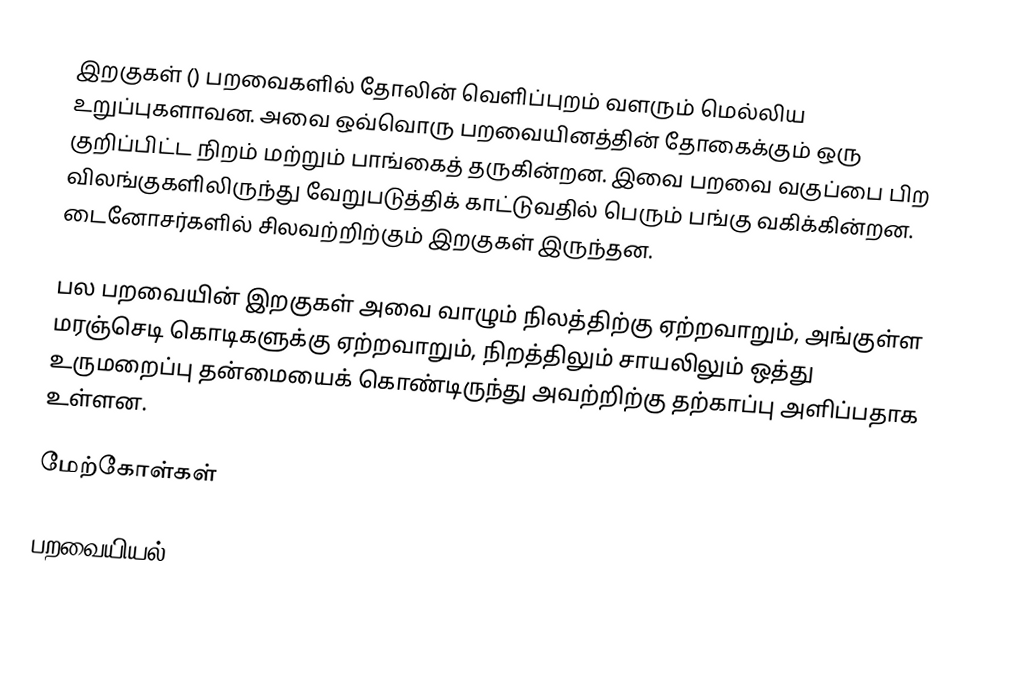
இறகுகள் () பறவைகளில் தோலின் வெளிப்புறம் வளரும் மெல்லிய உறுப்புகளாவன. அவை ஒவ்வொரு பறவையினத்தின் தோகைக்கும் ஒரு குறிப்பிட்ட நிறம் மற்றும் பாங்கைத் தருகின்றன. இவை பறவை வகுப்பை பிற விலங்குகளிலிருந்து வேறுபடுத்திக் காட்டுவதில் பெரும் பங்கு வகிக்கின்றன. டைனோசர்களில் சிலவற்றிற்கும் இறகுகள் இருந்தன.

பல பறவையின் இறகுகள் அவை வாழும் நிலத்திற்கு ஏற்றவாறும், அங்குள்ள மரஞ்செடி கொடிகளுக்கு ஏற்றவாறும், நிறத்திலும் சாயலிலும் ஒத்து உருமறைப்பு தன்மையைக் கொண்டிருந்து அவற்றிற்கு தற்காப்பு அளிப்பதாக உள்ளன.

மேற்கோள்கள்

பறவையியல்